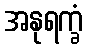
အနုရက္ခံ